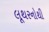
લૂથરનોથી